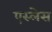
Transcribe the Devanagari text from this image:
एस्लेस